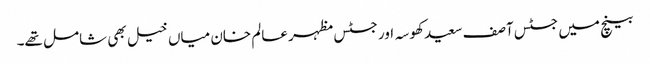
بینچ میں جسٹس آصف سعید کھوسہ اور جسٹس مظہر عالم خان میاں خیل بھی شامل تھے۔